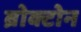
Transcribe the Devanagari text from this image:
ब्रोक्टोन